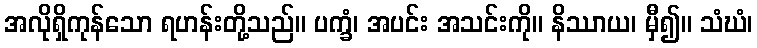
အလိုရှိကုန်သော ရဟန်းတို့သည်။ ပက္ခံ၊ အပင်း အသင်းကို။ နိဿာယ၊ မှီ၍။ သံဃံ၊